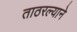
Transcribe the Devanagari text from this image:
ताठरल्याने